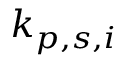
k _ { p , s , i }